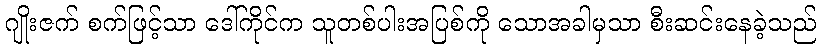
ဂျိုးဇက် စက်ဖြင့်သာ ဒေါ်ကိုင်က သူတစ်ပါးအပြစ်ကို သောအခါမှသာ စီးဆင်းနေခဲ့သည်